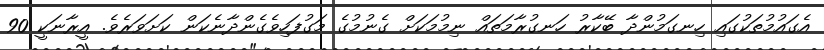
އެގައުމުތަކުގައި ހިނގަމުންދާ ބޭކާރު ހަނގުރާމަތައް ނިމުމަކަށް ގެނުމުގެ މަގުފަހިވެގެންދާނެކަން ކަށަވަރެވެ. އީރާނަކީ 90